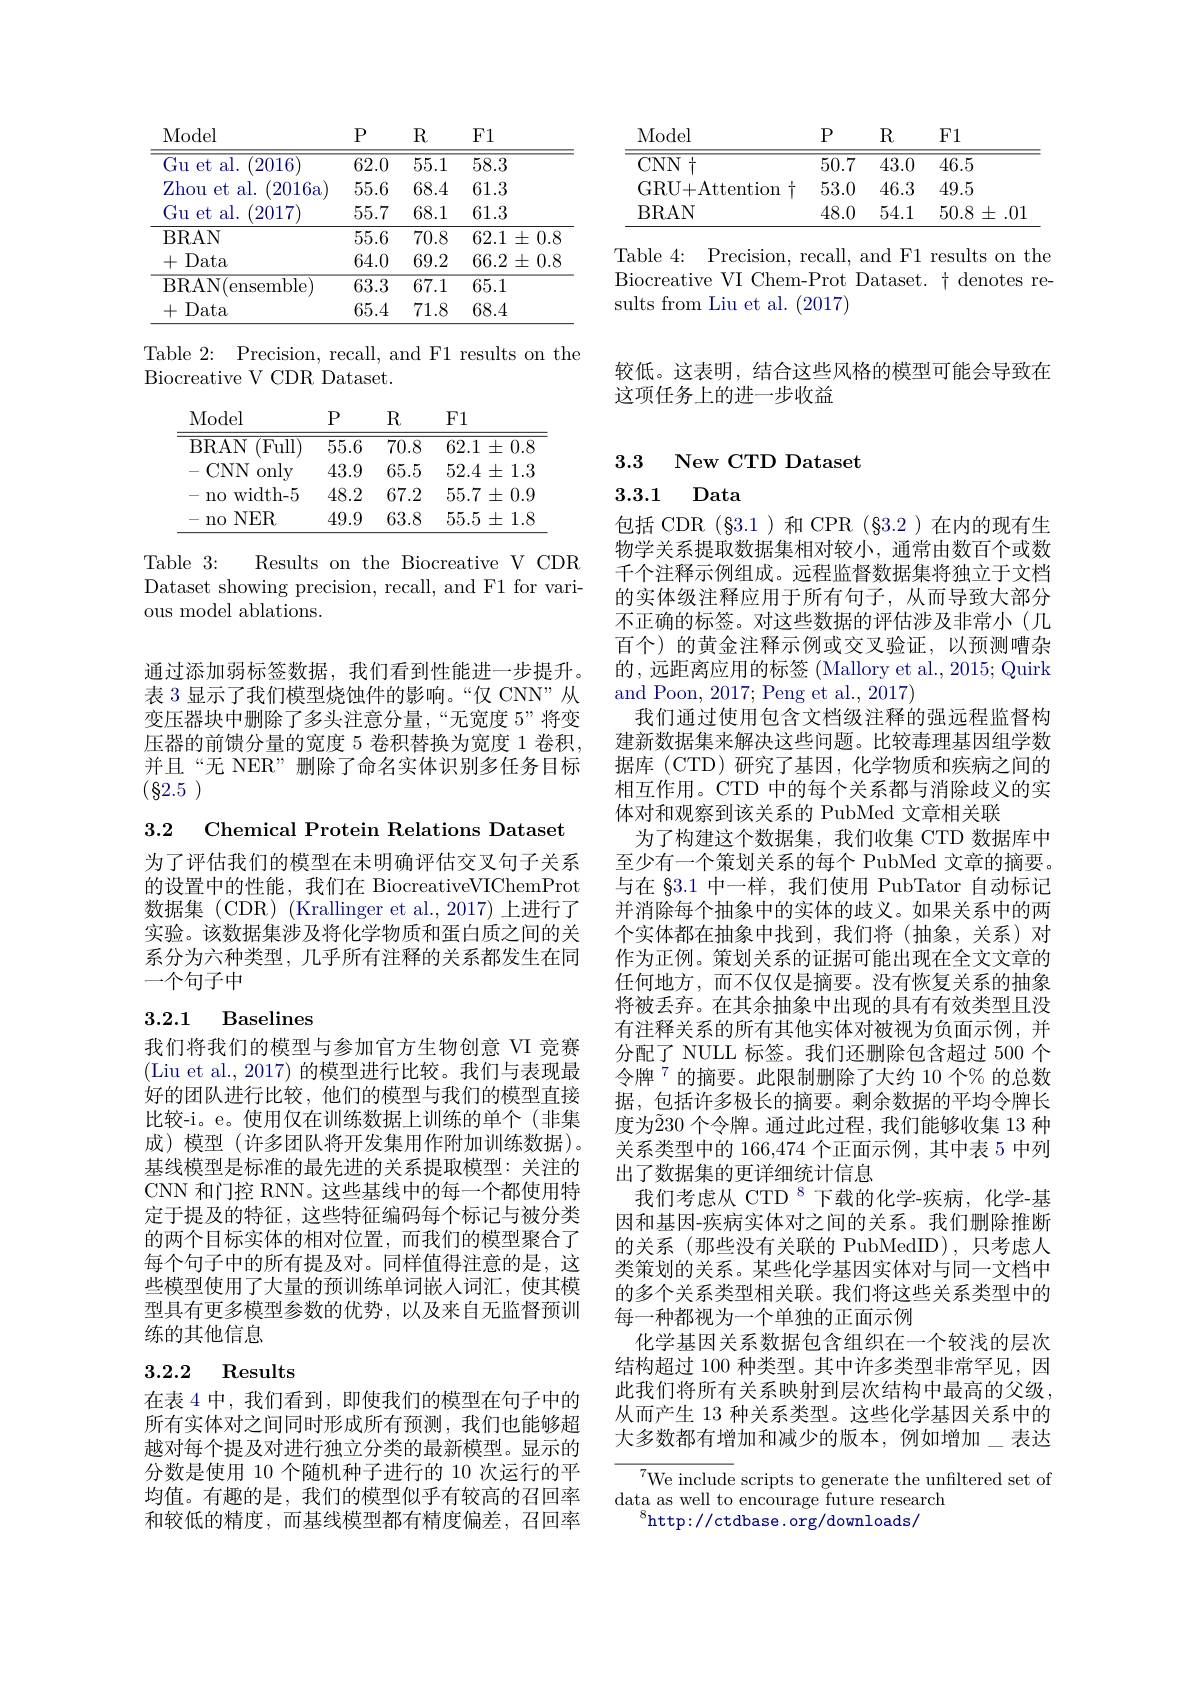
<table>
	<tbody>
		<tr>
			<th>Model</th>
			<th>$P$</th>
			<th>$R$</th>
			<th>F1</th>
		</tr>
		<tr>
			<td>$\overline{Gu}$ et al. 2016</td>
			<td>62.0</td>
			<td>$\overline{55.1}$</td>
			<td>58.3</td>
		</tr>
		<tr>
			<td>Zhou $et$ al. 2016a</td>
			<td>55.6</td>
			<td>68.4</td>
			<td>61.3</td>
		</tr>
		<tr>
			<td>$Gu$ $et$ al. 2017</td>
			<td>55.7</td>
			<td>68.1</td>
			<td>61.3</td>
		</tr>
		<tr>
			<td>BRAN</td>
			<td>55.6</td>
			<td>70.8</td>
			<td>$62.1\pm0.8$</td>
		</tr>
		<tr>
			<td>十 Data</td>
			<td>64.0</td>
			<td>69.2</td>
			<td>$66.2\pm0.8$</td>
		</tr>
		<tr>
			<td>BRAN( e ensemble</td>
			<td>63.3</td>
			<td>$\overline{67.1}$</td>
			<td>65.1</td>
		</tr>
		<tr>
			<td>+ Data</td>
			<td>65.4</td>
			<td>71.8</td>
			<td>68.4</td>
		</tr>
	</tbody>
</table>

Table 2: Precision, recall, and F1 results on the
Biocreative V CDR Dataset.

<table>
	<tbody>
		<tr>
			<th>Model</th>
			<th>$P$</th>
			<th>$R$</th>
			<th>F1</th>
		</tr>
		<tr>
			<td>(Full) BRAN</td>
			<td>55.6</td>
			<td>70.8</td>
			<td>$62.1\pm0.8$</td>
		</tr>
		<tr>
			<td>$CNN$ only</td>
			<td>43.9</td>
			<td>65.5</td>
			<td>$52.4\pm1.3$</td>
		</tr>
		<tr>
			<td>width- 5 $n0$</td>
			<td>48.2</td>
			<td>67.2</td>
			<td>$55.7\pm0.9$</td>
		</tr>
		<tr>
			<td>$NER$ $n0$</td>
			<td>49.9</td>
			<td>63.8</td>
			<td>$55.5\pm1.8$</td>
		</tr>
	</tbody>
</table>

Table3:
Results on the Biocreative V CDR
Dataset showing precision, recall, and F1 for vari-
ous model ablations.

通过添加弱标签数据，我们看到性能进一步提升。表 3 显示了我们模型烧蚀件的影响。“仅 CNN”从变压器块中删除了多头注意分量，“无宽度 5”将变压器的前馈分量的宽度 5 卷积替换为宽度 1 卷积， 并且“无 NER”删除了命名实体识别多任务目标(82.5)

3.2 Chemical Protein Relations Dataset

为了评估我们的模型在未明确评估交叉句子关系的设置中的性能，我们在 BiocreativeVIChemProt 数据集 (CDR) (Krallinger et al.,2017) 上进行了实验。该数据集涉及将化学物质和蛋白质之间的关系分为六种类型，几乎所有注释的关系都发生在同一个句子中

## 3.2.1 Baselines

我们将我们的模型与参加官方生物创意 VI 竞赛(Liu et al., 2017) 的模型进行比较。我们与表现最好的团队进行比较，他们的模型与我们的模型直接比较-i。e。使用仅在训练数据上训练的单个(非集成)模型(许多团队将开发集用作附加训练数据)。基线模型是标准的最先进的关系提取模型：关注的CNN 和门控 RNN。这些基线中的每一个都使用特定于提及的特征，这些特征编码每个标记与被分类的两个目标实体的相对位置，而我们的模型聚合了每个句子中的所有提及对。同样值得注意的是，这些模型使用了大量的预训练单词嵌人词汇，使其模型具有更多模型参数的优势，以及来自无监督预训练的其他信息

## 3.2.2 Results

在表 4 中，我们看到 , 即使我们的模型在句子中的所有实体对之间同时形成所有预测，我们也能够超越对每个提及对进行独立分类的最新模型。显示的分数是使用 10 个随机种子进行的 10 次运行的平均值。有趣的是，我们的模型似乎有较高的召回率和较低的精度，而基线模型都有精度偏差，召回率

<table>
	<tbody>
		<tr>
			<th>Model</th>
			<th>$P$</th>
			<th>$R$</th>
			<th>F1</th>
		</tr>
		<tr>
			<td>$CNN$ $\sqrt{1}+$</td>
			<td>50.7</td>
			<td>43.0</td>
			<td>46.5</td>
		</tr>
		<tr>
			<td>GRU+ Atention</td>
			<td>53.0</td>
			<td>46.3</td>
			<td>49.5</td>
		</tr>
		<tr>
			<td>BRAN</td>
			<td>48.0</td>
			<td>54.1</td>
			<td>$50.8\pm.01$</td>
		</tr>
	</tbody>
</table>

Table 4: Precision, recall, and F1 results on the Biocreative VI Chem-Prot Dataset. $\dagger$ denotes results from Liu et al. (2017)

较低。这表明，结合这些风格的模型可能会导致在
这项任务上的进一步收益

3.3 New CTD Dataset

3.3.1 Data

包括 CDR (§3.1)和 CPR (§3.2)在内的现有生物学关系提取数据集相对较小，通常由数百个或数千个注释示例组成。远程监督数据集将独立于文档的实体级注释应用于所有句子，从而导致大部分不正确的标签。对这些数据的评估涉及非常小(几百个)的黄金注释示例或交叉验证，以预测嘈杂的，远距离应用的标签 (Mallory et al., 2015; Quirk and Poon, 2017; Peng et al., 2017)
我们通过使用包含文档级注释的强远程监督构建新数据集来解决这些问题。比较毒理基因组学数据库 (CTD)研究了基因，化学物质和疾病之间的相互作用。CTD 中的每个关系都与消除歧义的实体对和观察到该关系的 PubMed 文章相关联
为了构建这个数据集，我们收集 CTD 数据库中至少有一个策划关系的每个 PubMed 文章的摘要。与在 83.1 中一样，我们使用 PubTator 自动标记并消除每个抽象中的实体的歧义。如果关系中的两个实体都在抽象中找到，我们将(抽象，关系)对作为正例。策划关系的证据可能出现在全文文章的任何地方，而不仅仅是摘要。没有恢复关系的抽象将被丢弃。在其余抽象中出现的具有有效类型且没有注释关系的所有其他实体对被视为负面示例，并分配了 NULL 标签。我们还删除包含超过 500 个令牌$^{7}$的摘要。此限制删除了大约 10 个% 的总数据，包括许多极长的摘要。剩余数据的平均令牌长度为$\tilde{2}$30 个令牌。通过此过程，我们能够收集 13 种关系类型中的 166,474 个正面示例，其中表 5 中列出了数据集的更详细统计信息
我们考虑从 CTD $^{8}$下载的化学-疾病，化学-基因和基因-疾病实体对之间的关系。我们删除推断的关系(那些没有关联的 PubMedID),只考虑人类策划的关系。某些化学基因实体对与同一文档中的多个关系类型相关联。我们将这些关系类型中的每一种都视为一个单独的正面示例
化学基因关系数据包含组织在一个较浅的层次结构超过 100 种类型。其中许多类型非常罕见，因此我们将所有关系映射到层次结构中最高的父级， 从而产生 13 种关系类型。这些化学基因关系中的大多数都有增加和减少的版本，例如增加\_表达
${\overline{{^7}\text{We include}}}$scripts to generate the unfiltered set of

data as well to encourage future research
$^{\mathrm{s}}$http://ctdbase.org/downloads/